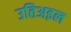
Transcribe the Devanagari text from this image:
उतिअइल